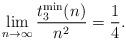
LaTeX: \begin{align*} \displaystyle \lim_{n \rightarrow \infty} \frac{t_3^{\min}(n)}{n^2} = \frac{1}{4}.\end{align*}